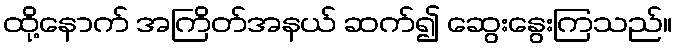
ထို့နောက် အကြိတ်အနယ် ဆက်၍ ဆွေးနွေးကြသည်။